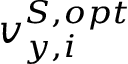
{ v } _ { y , i } ^ { S , o p t }